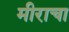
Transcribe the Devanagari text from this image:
मीराचा